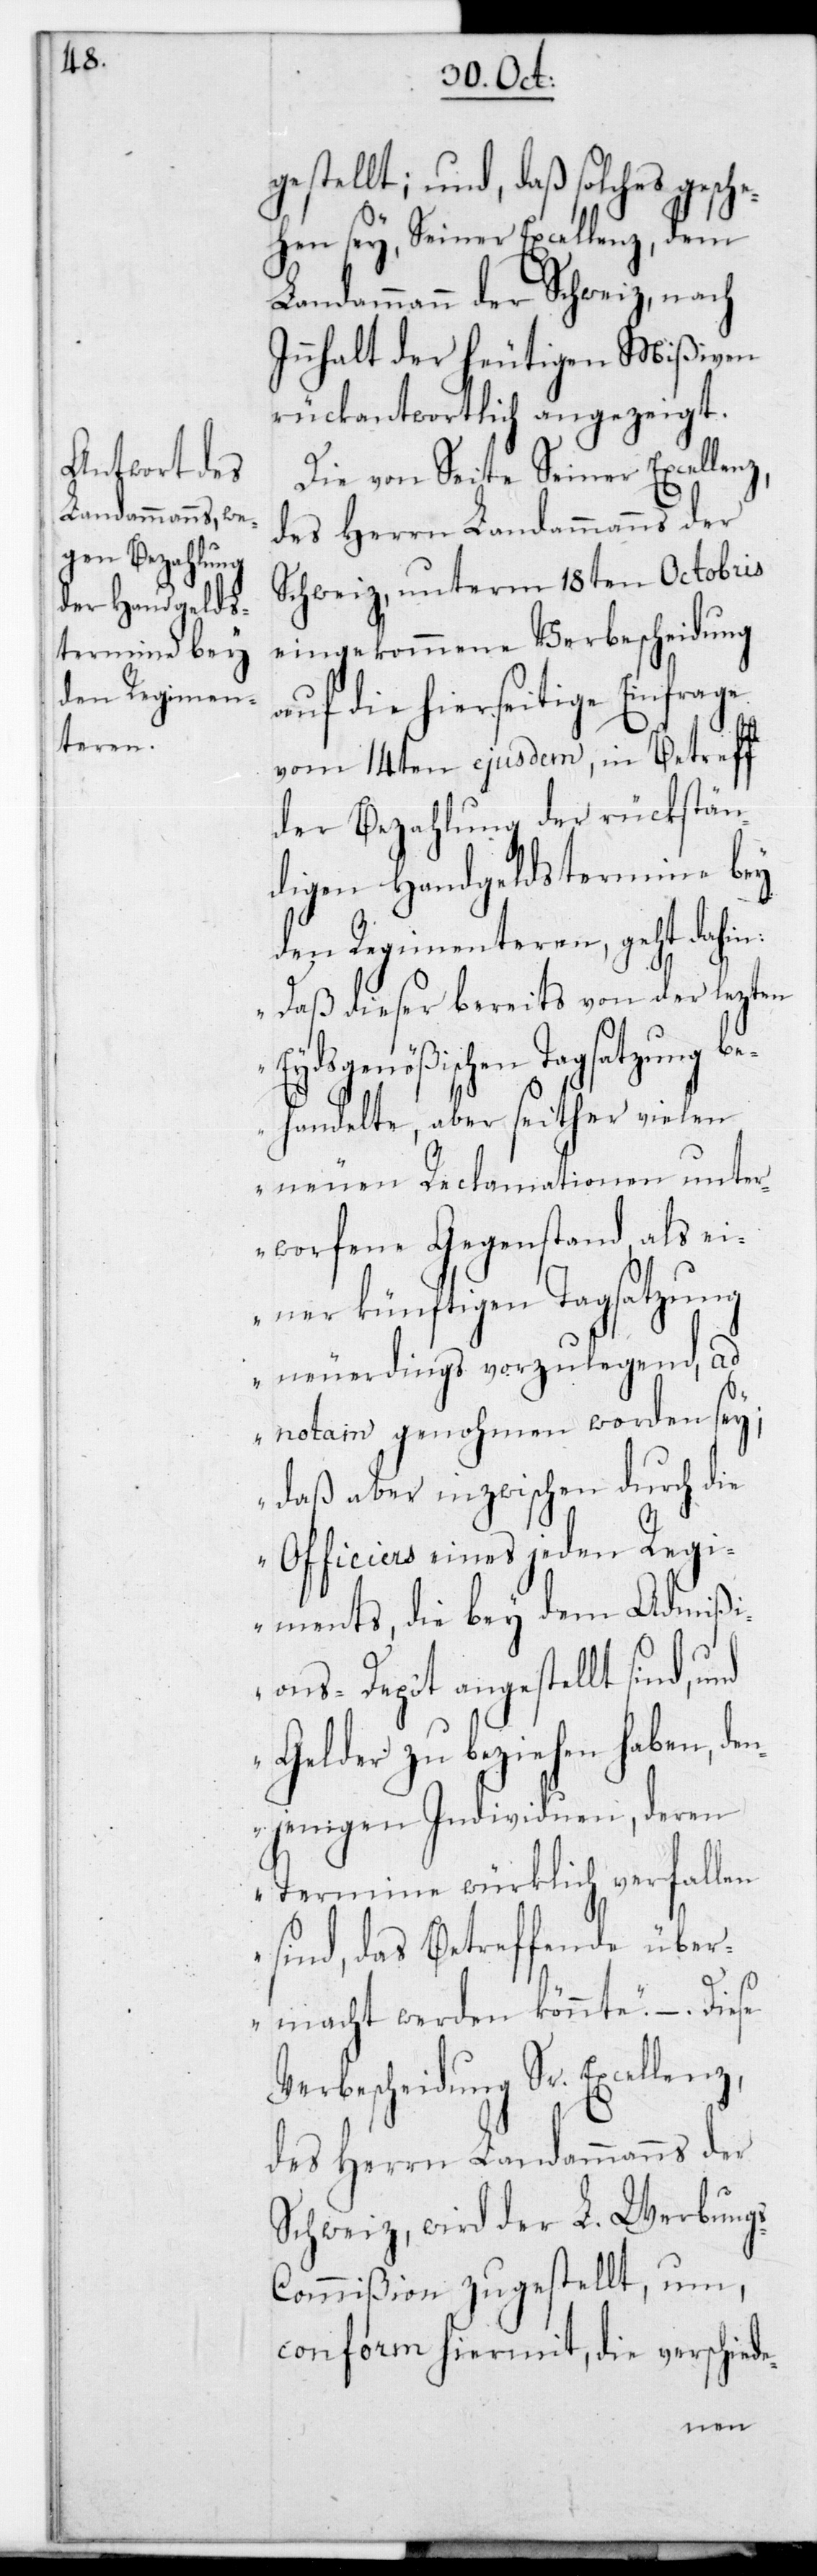
s-C¬

gestellt; und daß solches gesche¬
hen sey, Seiner Excellenz, dem
Landammann der Schweiz, nach
Innhalt der heutigen Mißiven
rückantwortlich angezeigt.
Die von Seite Seiner Excell¬
des Herrn Landammanns der
Schweiz, unterm 18ten Octobris
eingekommene Verbescheidung
auf die hierseitige Einfrage
vom 14ten ejusdem, in Betreff
der Bezahlung der rückstän¬
digen Handgeldstermine bey
den Regimenteren, geht dahin:
„Daß dieser bereits von der lezten
Eydsgenößischen Tagsatzung b¬
ehandelte, aber seither vielen
neuen Reclamationen unter¬
worfene Gegenstand als ei¬
ner künftigen Tagsatzung
neuerdings vorzulegend, ad
notam genohmen worden sey;
daß aber inzwischen durch die
Officiers eines jeden Regi¬
ments, die bey dem Admißi¬
ons-Depôt angestellt sind,
Gelder zu beziehen haben, d¬
enjenigen Individuen, deren
Termine würklich verfallen
sind, das Betreffende über¬
macht werden könnte“. – Diese
Verbescheidung Sr. Excellenz,
des Herrn Landammanns der
Schweiz, wird der L. Werbung¬
ommißion zugestellt, um
conform hiermit, die verschiede-
enz,